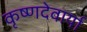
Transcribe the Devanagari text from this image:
कृष्णदेवार्या